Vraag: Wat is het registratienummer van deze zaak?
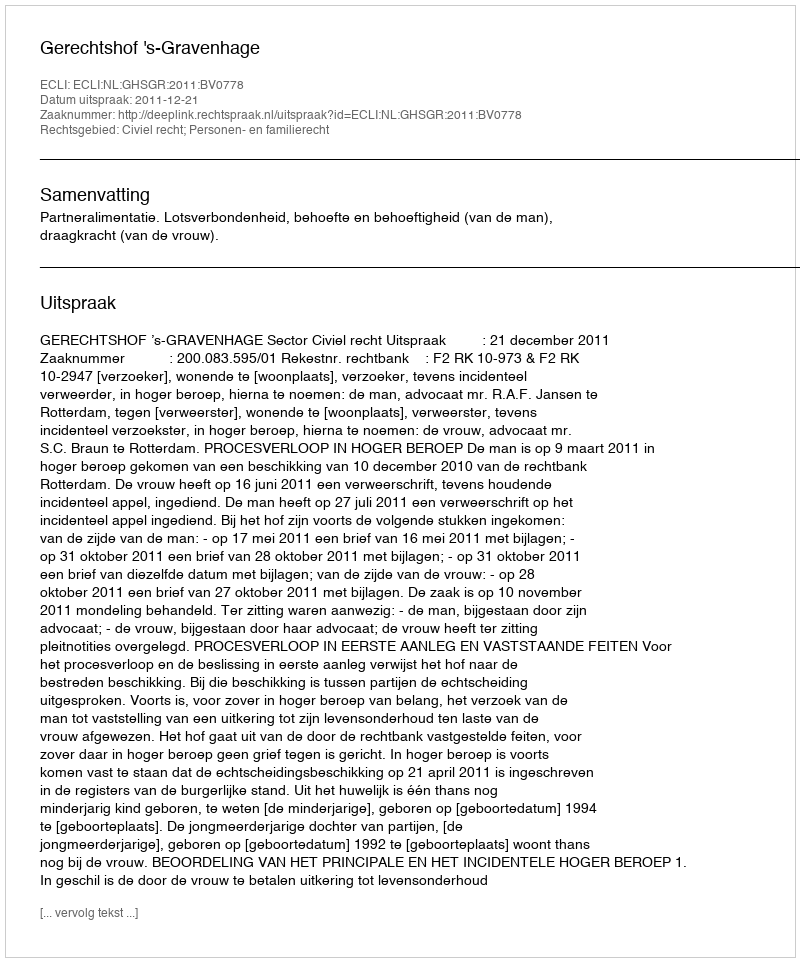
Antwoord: http://deeplink.rechtspraak.nl/uitspraak?id=ECLI:NL:GHSGR:2011:BV0778